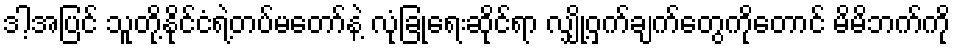
ဒါ့အပြင် သူတို့နိုင်ငံရဲ့တပ်မတော်နဲ့ လုံခြုံရေးဆိုင်ရာ လျှို့ဝှက်ချက်တွေကိုတောင် မိမိဘက်ကို